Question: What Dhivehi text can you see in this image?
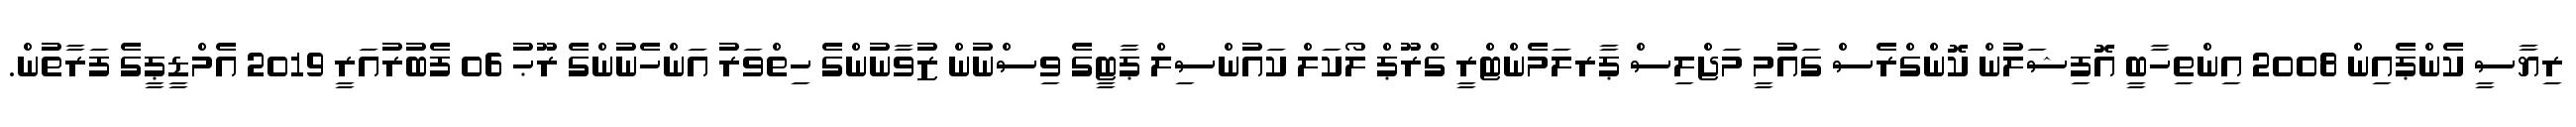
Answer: ރިޔާސީ ކެންޕެއިން 2008 އިންތިހާބީ އޮފިޝަލުން ކޮންގްރެސް ގައުމީ މަޖްލިސް ޕާރލަމެންޓްރީ ގްރޫޕް ލޯކަލް ކައުންސިލް ޕާޓީގެ ވިސްނުން ޒުވާނުންގެ ހިތްވަރު އަންހެނުންގެ ރޫޙު 06 ފެބުރުއަރީ 2019 އެމްޑީޕީގެ ފަރާތުން.